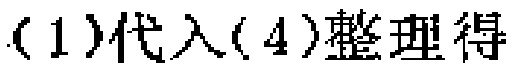
(1)代入(4)整理得